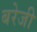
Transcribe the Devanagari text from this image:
बरेजी